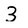
Character: 3